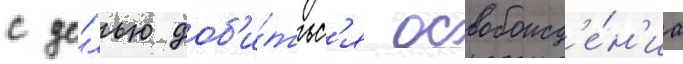
с це́лью доб'и́тьс'я освобожд'е́н'иа